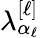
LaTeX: \lambda_{\alpha_{\ell}}^{[\ell]}